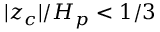
| z _ { c } | / H _ { p } < 1 / 3